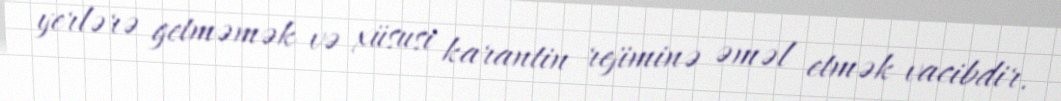
yerlərə getməmək və xüsusi karantin rejiminə əməl etmək vacibdir.